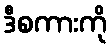
ဒီစကားကို